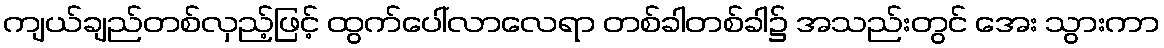
ကျယ်ချည်တစ်လှည့်ဖြင့် ထွက်ပေါ်လာလေရာ တစ်ခါတစ်ခါ၌ အသည်းတွင် အေး သွားကာ